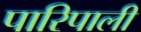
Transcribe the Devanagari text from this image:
पारिपाली